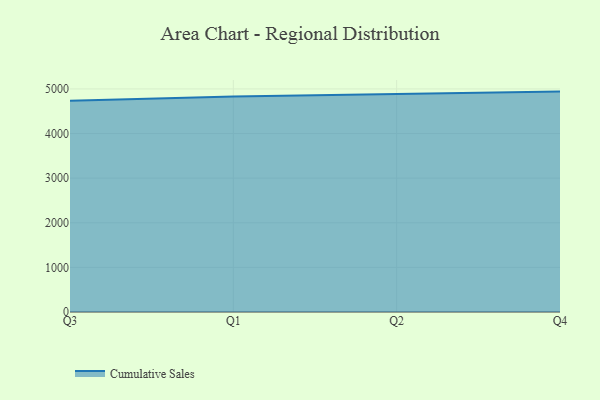
{"axis": {"x": "Quarter", "y": "Demand Index"}, "legend": ["Cumulative Sales"], "data": [{"x": "Q3", "y": 4736.8, "type": "Cumulative Sales"}, {"x": "Q1", "y": 4827.7, "type": "Cumulative Sales"}, {"x": "Q2", "y": 4885.1, "type": "Cumulative Sales"}, {"x": "Q4", "y": 4940.1, "type": "Cumulative Sales"}]}